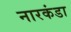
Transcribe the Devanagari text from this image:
नारकंडा